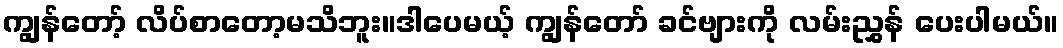
ကျွန်တော့် လိပ်စာတော့မသိဘူး။ဒါပေမယ့် ကျွန်တော် ခင်ဗျားကို လမ်းညွှန် ပေးပါမယ်။